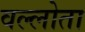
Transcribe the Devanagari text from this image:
वल्लोता